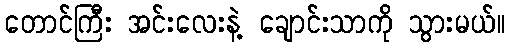
တောင်ကြီး အင်းလေးနဲ့ ချောင်းသာကို သွားမယ်။